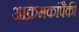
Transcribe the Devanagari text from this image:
आक्रमकांपैकी